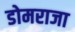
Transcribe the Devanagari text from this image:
डोमराजा